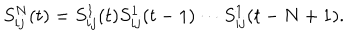
LaTeX: S _ { i j } ^ { N } ( t ) = S _ { i j } ^ { 1 } ( t ) S _ { i j } ^ { 1 } ( t - 1 ) \cdots S _ { i j } ^ { 1 } ( t - N + 1 ) .